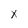
Character: x